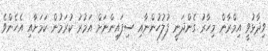
ވިދާޅުވީ އިމްރާން މިހާރު ގެންދަނީ ފުލުހުންނާއި ސިފައިންނަށް އަމުރު ކުރަމުން ކަމަށާއި އެހެންވެ